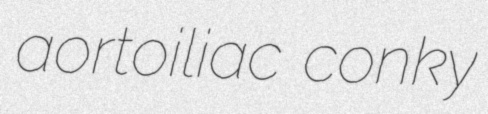
aortoiliac conky